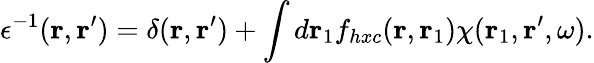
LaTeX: \epsilon^{-1}(\mathbf{r},\mathbf{r}^{\prime})=\delta(\mathbf{r},\mathbf{r}^{\prime})+\int d\mathbf{r}_{1}f_{hxc}(\mathbf{r},\mathbf{r}_{1})\chi(\mathbf{r}_{1},\mathbf{r}^{\prime},\omega).